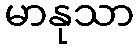
မာနုသာ